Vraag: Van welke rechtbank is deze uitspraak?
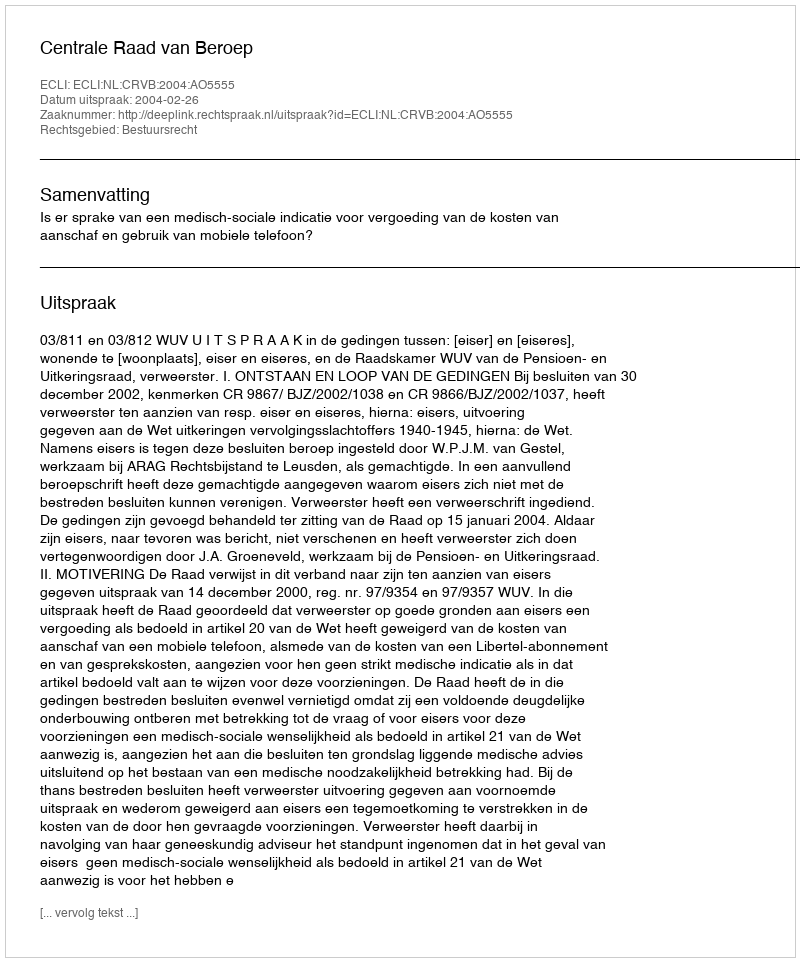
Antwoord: Centrale Raad van Beroep